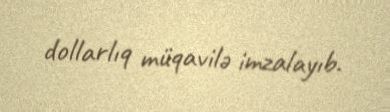
dollarlıq müqavilə imzalayıb.